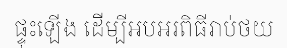
ផ្ទុះឡើង ដើម្បីអបអរពិធីរាប់ថយ